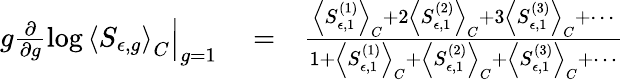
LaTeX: \begin{array}{rlr}{\left.g\frac{\partial}{\partial g}\log\left<S_{\epsilon,g}\right>_{C}\right|_{g=1}}&{{}=}&{\frac{\left<S_{\epsilon,1}^{(1)}\right>_{C}+2\left<S_{\epsilon,1}^{(2)}\right>_{C}+3\left<S_{\epsilon,1}^{(3)}\right>_{C}+\cdots}{1+\left<S_{\epsilon,1}^{(1)}\right>_{C}+\left<S_{\epsilon,1}^{(2)}\right>_{C}+\left<S_{\epsilon,1}^{(3)}\right>_{C}+\cdots}}\end{array}